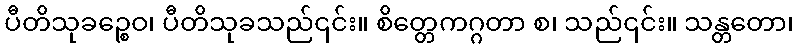
ပီတိသုခဉ္စေဝ၊ ပီတိသုခသည်၎င်း။ စိတ္တေကဂ္ဂတာ စ၊ သည်၎င်း။ သန္တတော၊